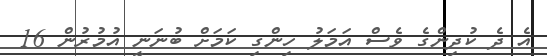
އެ ދެ ކުދިންގެ ވެސް އަމަލު ހިންގި ކަމަށް ބުނަނީ އުމުރުން 16